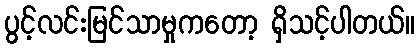
ပွင့်လင်းမြင်သာမှုကတော့ ရှိသင့်ပါတယ်။